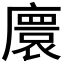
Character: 𫸁